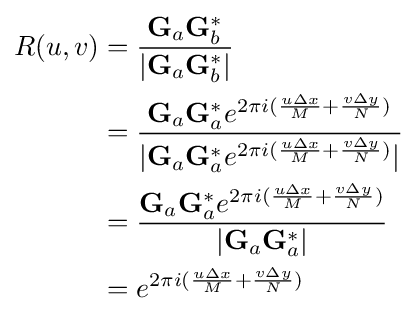
{\begin{aligned}R(u,v)&={\frac {\mathbf {G} _{a}\mathbf {G} _{b}^{*}}{|\mathbf {G} _{a}\mathbf {G} _{b}^{*}|}}\\&={\frac {\mathbf {G} _{a}\mathbf {G} _{a}^{*}e^{2\pi i({\frac {u\Delta x}{M}}+{\frac {v\Delta y}{N}})}}{|\mathbf {G} _{a}\mathbf {G} _{a}^{*}e^{2\pi i({\frac {u\Delta x}{M}}+{\frac {v\Delta y}{N}})}|}}\\&={\frac {\mathbf {G} _{a}\mathbf {G} _{a}^{*}e^{2\pi i({\frac {u\Delta x}{M}}+{\frac {v\Delta y}{N}})}}{|\mathbf {G} _{a}\mathbf {G} _{a}^{*}|}}\\&=e^{2\pi i({\frac {u\Delta x}{M}}+{\frac {v\Delta y}{N}})}\end{aligned}}